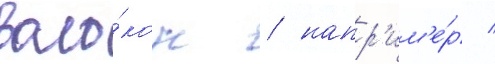
воло́кон / напр'им'е́р /